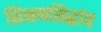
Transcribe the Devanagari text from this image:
शिक्षणसिद्धांत